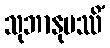
သုဘာနုပဿိံ